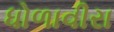
ધોળાવીરા